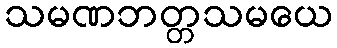
သမဏဘတ္တသမယေ